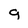
Character: g